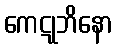
ကေဋုဘိနော